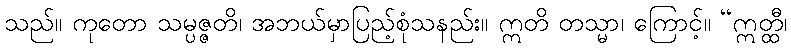
သည်။ ကုတော သမ္ပဇ္ဇတိ၊ အဘယ်မှာပြည့်စုံသနည်း။ ဣတိ တသ္မာ၊ ကြောင့်။ “ဣတ္ထီ၊